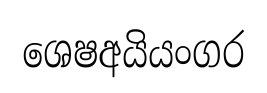
ශෙෂඅයියංගර